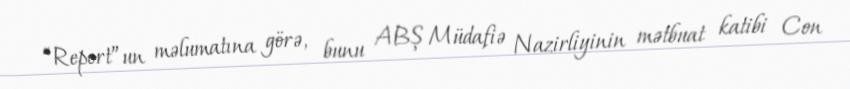
“Report”un məlumatına görə, bunu ABŞ Müdafiə Nazirliyinin mətbuat katibi Con